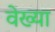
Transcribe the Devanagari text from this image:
वेख्या